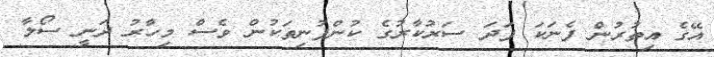
އޭގެ އިތުރުން ފެނަކަ ފަދަ ސަރުކާރުގެ ކުންފުނިތަކުން ވެސް މިހާރު ދަނީ ސޯލާ